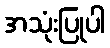
အသုံးပြုပါ